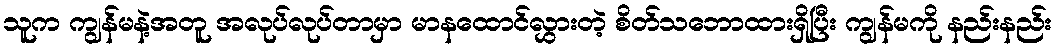
သူက ကျွန်မနဲ့အတူ အလုပ်လုပ်တာမှာ မာနထောင်လွှားတဲ့ စိတ်သဘောထားရှိပြီး ကျွန်မကို နည်းနည်း